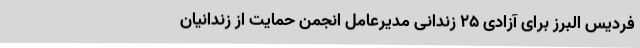
فردیس البرز برای آزادی 25 زندانی مدیرعامل انجمن حمایت از زندانیان